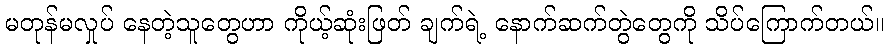
မတုန်မလှုပ် နေတဲ့သူတွေဟာ ကိုယ့်ဆုံးဖြတ် ချက်ရဲ့ နောက်ဆက်တွဲတွေကို သိပ်ကြောက်တယ်။